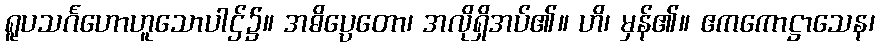
ရူပသင်္ဂဟောဟူသောပါဌ်၌။ အဓိပ္ပေတော၊ အလိုရှိအပ်၏။ ဟိ၊ မှန်၏။ ဧကကောဋ္ဌာသေန၊